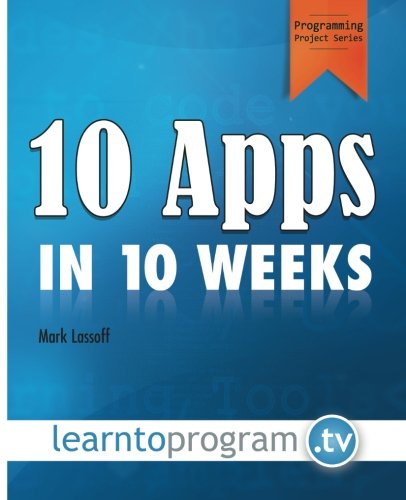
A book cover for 10 Apps in 10 Weeks; Mr. Mark A Lassoff; Computers & Technology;